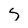
Character: S